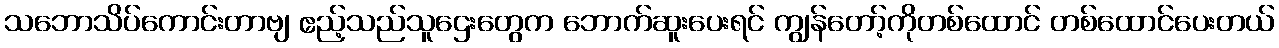
သဘောသိပ်ကောင်းတာဗျ ဧည့်သည်သူဌေးတွေက ဘောက်ဆူးပေးရင် ကျွန်တော့်ကိုတစ်ထောင် တစ်ထောင်ပေးတယ်